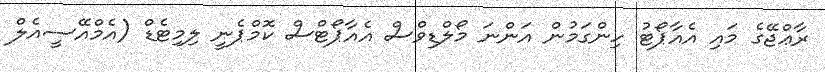
ރާޢްޖޭގެ މައި އެއާޕޯޓު ހިންގަމުން އަންނަ މޯލްޑިވްސް އެއާޕޯޓްސް ކޮމްޕެނީ ލިމިޓެޑް (އެމްއޭސީއެލް